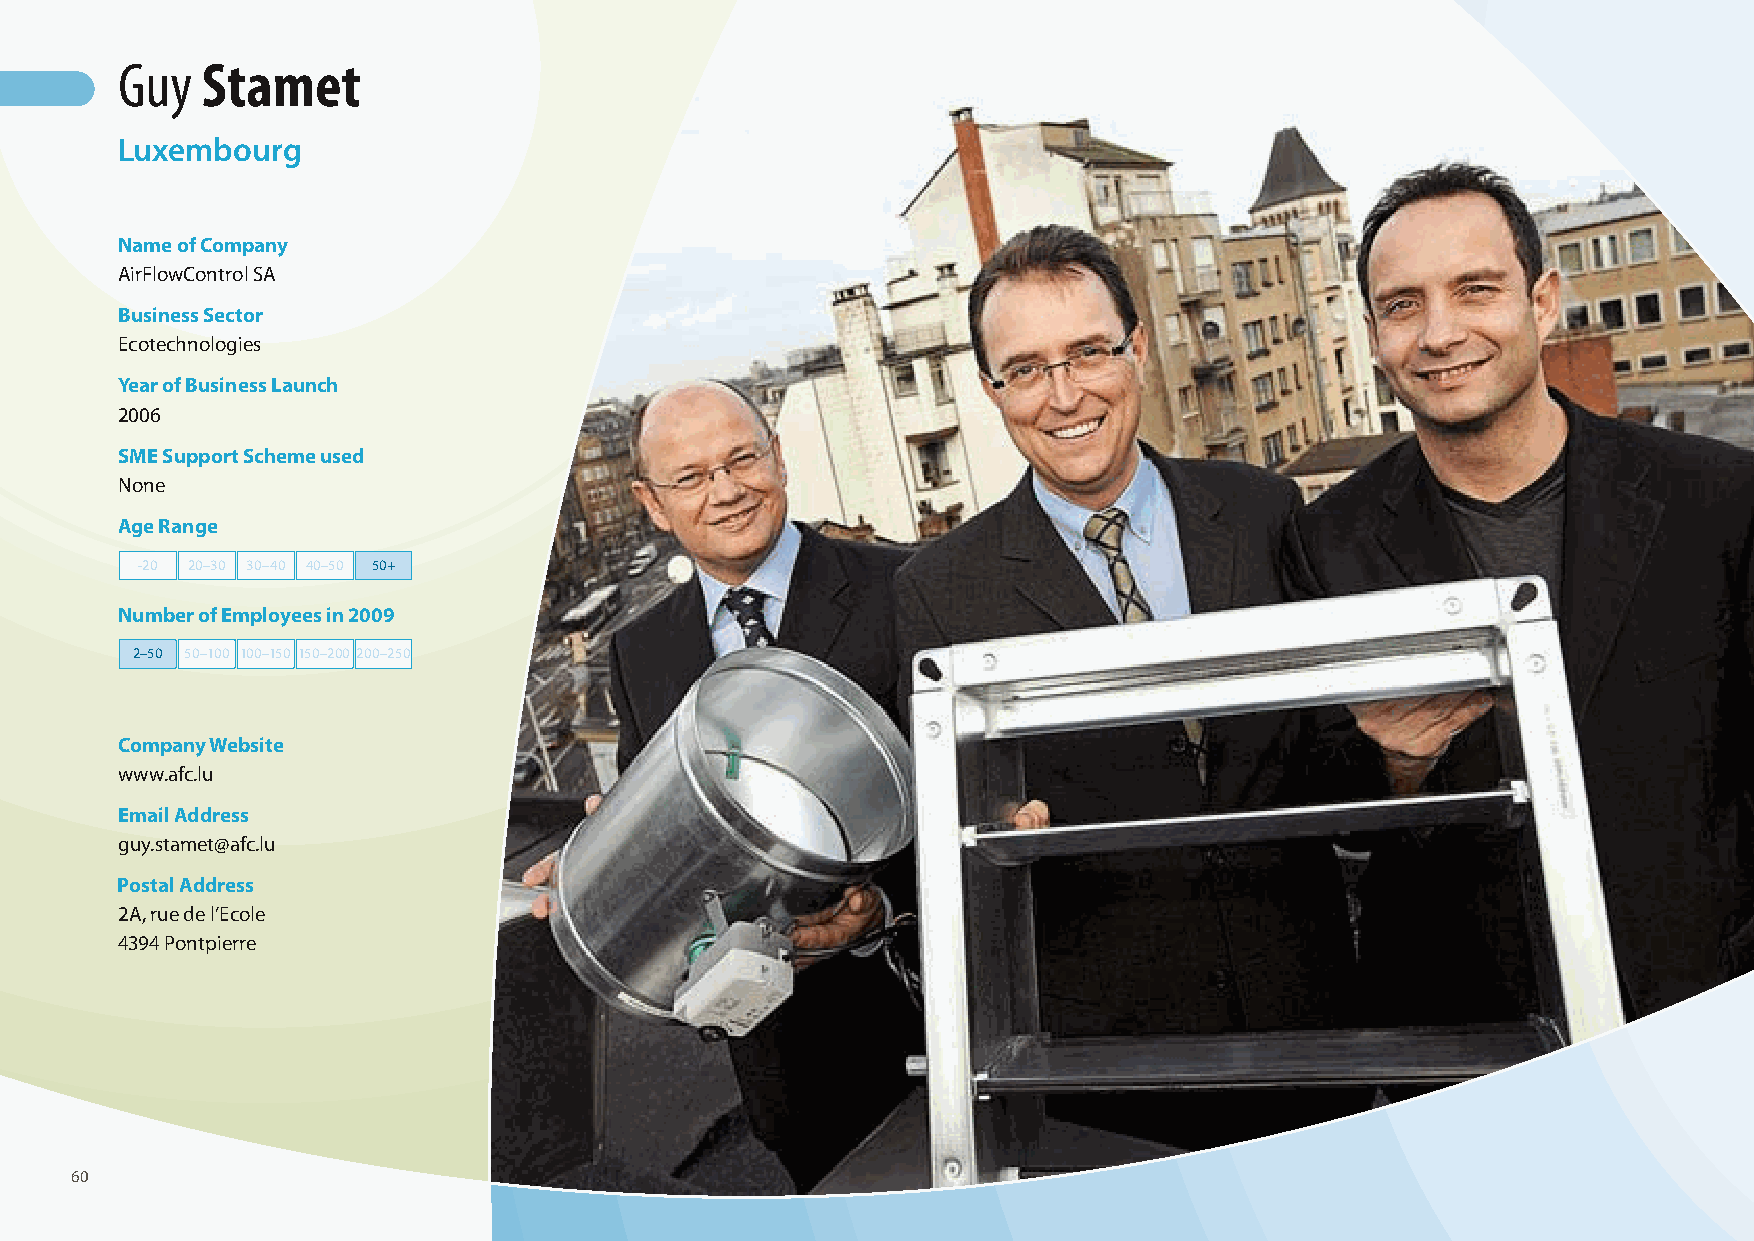
Guy  Stamet
 Luxembourg
 Name of Company
 AirFlowControl SA
 Business Sector
 Ecotechnologies
 Year of Business Launch
 2006
 SME Support Scheme used
 None
 Age Range
 -20 20–30 30–40 40–50 50+
 Number of Employees in 2009
 2–50 50–100 100–150 150–200 200–250
 Company Website
 www.afc.lu
 Email Address
 guy.stamet@afc.lu
 Postal Address
 2A, rue de l’Ecole
 4394 Pontpierre
 60
 100426_SMEweek_broch_A4quer_hw.indd 60                                                                   27.04.2010 9:14:46 Uhr